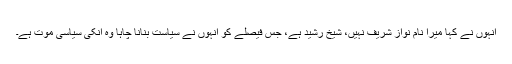
انہوں نے کہا میرا نام نواز شریف نہیں، شیخ رشید ہے، جس فیصلے کو انہوں نے سیاست بنانا چاہا وہ انکی سیاسی موت ہے۔